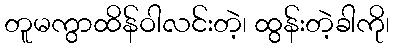
တူမကွာထိန်ဝါလင်းတဲ့၊ ထွန်းတဲ့ခါကို၊